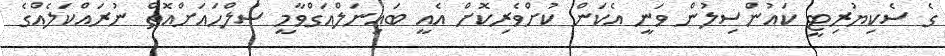
ގެ ސެކިޔުރިޓީ ކައުންސިލުން ވަނީ އެކަން ކުށްވެރިކޮށް އެއީ ބައިނަލްއަގްވާމީ ސުލްހައަށްއޮތް ނުރައްކަލެއްގެ